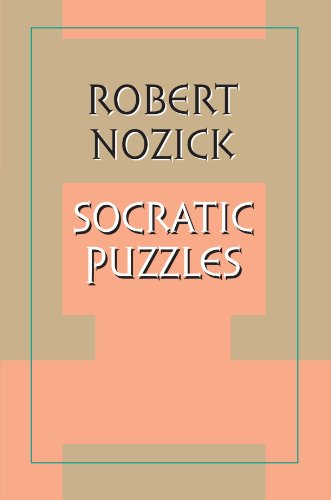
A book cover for Socratic Puzzles; Robert Nozick; Politics & Social Sciences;